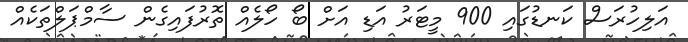
އަލިހުރަސް ކަނޑުގައި 900 މީޓަރު އަޑި އަށް ބޯ ހޯލެއް ތޮރުފައިގެން ސާމްޕަލްތަކެއް